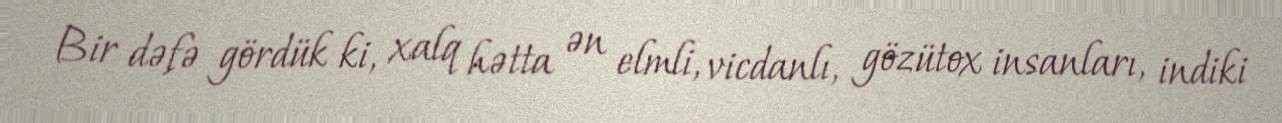
Bir dəfə gördük ki, xalq hətta ən elmli, vicdanlı, gözütox insanları, indiki